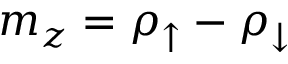
m _ { z } = \rho _ { \uparrow } - \rho _ { \downarrow }